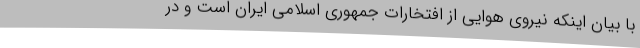
با بیان اینکه نیروی هوایی از افتخارات جمهوری اسلامی ایران است و در